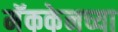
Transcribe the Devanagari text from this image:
मॅककेनच्या